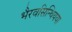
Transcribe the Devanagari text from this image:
भैरवसिन्धियया